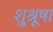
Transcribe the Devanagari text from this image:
शु्श्रूषा